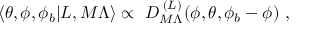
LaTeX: \langle \theta , \phi , \phi _ { b } | L , M \Lambda \rangle \propto \ { \cal D } _ { M \Lambda } ^ { \; ( L ) } ( \phi , \theta , \phi _ { b } - \phi ) \ ,